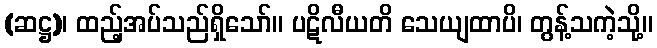
(ဆဋ္ဌ)၊ ထည့်အပ်သည်ရှိသော်။ ပဋိလီယတိ သေယျထာပိ၊ တွန့်သကဲ့သို့။